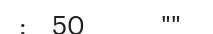
:  50      ""